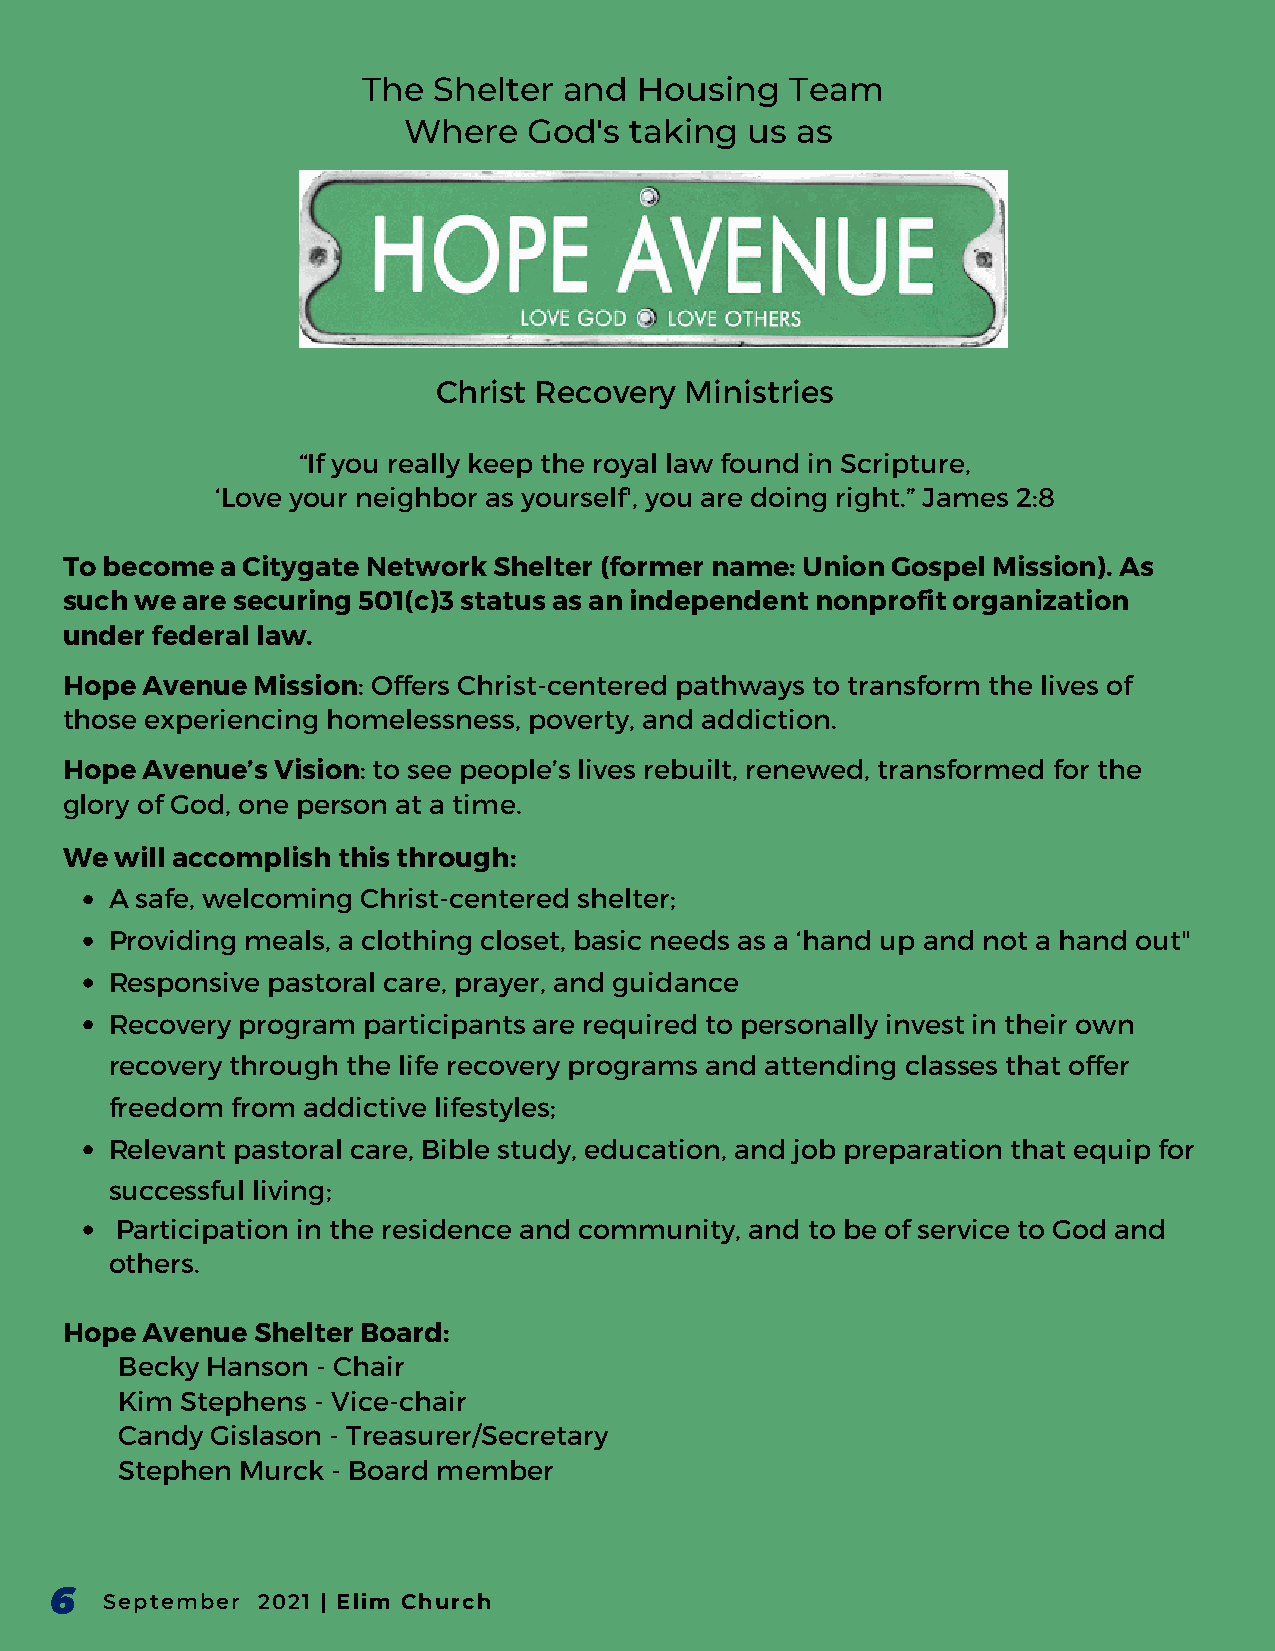
The  Shelter and  Housing   Team
 Where   God's  taking  us as
 Christ Recovery Ministries
 “If you really keep the royal law found in Scripture,
 ‘Love your neighbor as yourself', you are doing right.” James 2:8
 To become  a Citygate Network Shelter (former name: Union Gospel Mission). As
 such we are securing 501(c)3 status as an independent nonprofit organization
 under federal law.
 Hope Avenue  Mission: Offers Christ-centered pathways to transform the lives of
 those experiencing homelessness, poverty, and addiction.
 Hope Avenue’s Vision: to see people’s lives rebuilt, renewed, transformed for the
 glory of God, one person at a time.
 We  will accomplish this through:
 A safe, welcoming Christ-centered shelter;
 Providing meals, a clothing closet, basic needs as a ‘hand up and not a hand out"
 Responsive pastoral care, prayer, and guidance
 Recovery program participants are required to personally invest in their own
 recovery through the life recovery programs and attending classes that offer
 freedom from addictive lifestyles;
 Relevant pastoral care, Bible study, education, and job preparation that equip for
 successful living;
 Participation in the residence and community, and to be of service to God and
 others.
 Hope Avenue  Shelter Board:
 Becky Hanson - Chair
 Kim Stephens - Vice-chair
 Candy Gislason - Treasurer/Secretary
 Stephen Murck - Board member
 6
 September 2021 | Elim Church